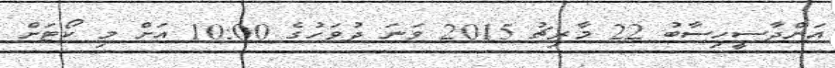
އަންދާސީހިސާބު 22 މާރިޗު 2015 ވަނަ ދުވަހުގެ 10:00 އަށް މި ކޯޓަށް